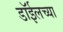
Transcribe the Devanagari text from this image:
डाॅईलच्या